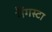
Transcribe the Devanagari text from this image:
गैंगस्टा